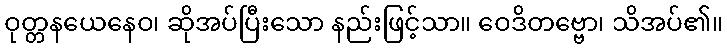
ဝုတ္တနယေနေဝ၊ ဆိုအပ်ပြီးသော နည်းဖြင့်သာ။ ဝေဒိတဗ္ဗော၊ သိအပ်၏။